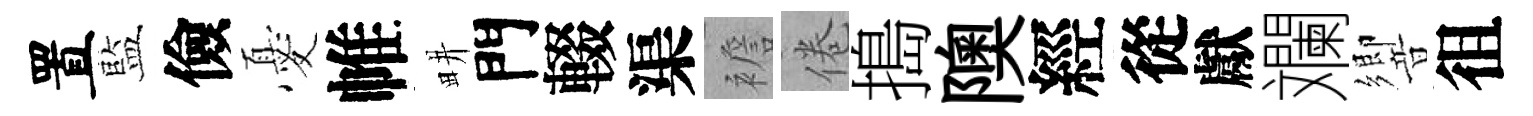
置藍儉憂帷畊門輟渠襜倦搗隩經從獻斕響徂